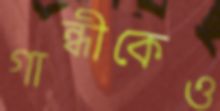
গান্ধীকেও